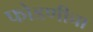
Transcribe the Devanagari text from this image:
फोडणीचा